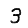
Digit: 3